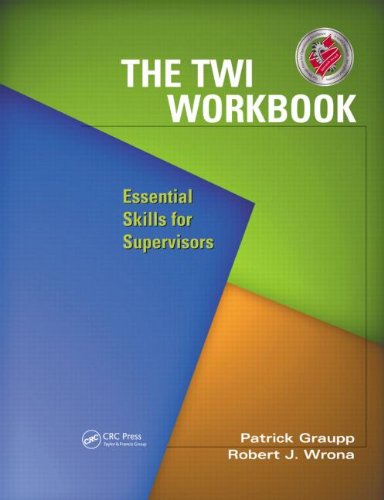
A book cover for The Twi Workbook: Essential Skills for Supervisors (with CD); Patrick Graupp; Business & Money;